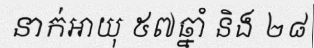
នាក់អាយុ ៥៧ឆ្នាំ និង ២៨